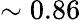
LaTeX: \sim 0.86